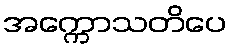
အက္ကောသတိပေ